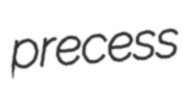
precess